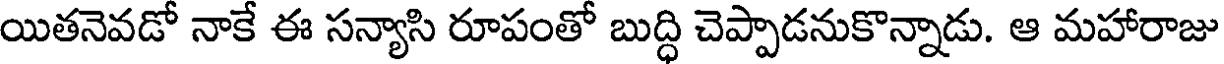
యితనెవడో నాకే ఈ సన్యాసి రూపంతో బుద్ధి చెప్పాడనుకొన్నాడు. ఆ మహారాజు